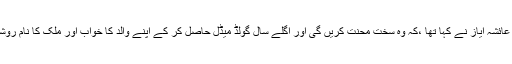
اُس موقع پر عائشہ ایاز نے کہا تھا ،کہ وہ سخت محنت کریں گی اور اگلے سال گولڈ میڈل حاصل کر کے اپنے والد کا خواب اور ملک کا نام روشن کریں گی۔